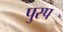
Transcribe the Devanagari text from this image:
पुस्प